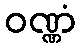
ဝဏ္ဏံ